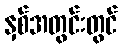
နှစ်အတွင်းတွင်